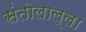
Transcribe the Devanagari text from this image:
संतोलाल्ला